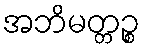
အဘိမတ္တဉ္စ